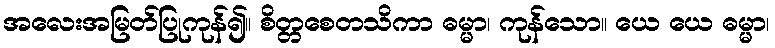
အလေးအမြတ်ပြုကုန်၍။ စိတ္တစေတသိကာ ဓမ္မာ၊ ကုန်သော။ ယေ ယေ ဓမ္မာ၊